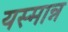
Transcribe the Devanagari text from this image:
यस्मान्न